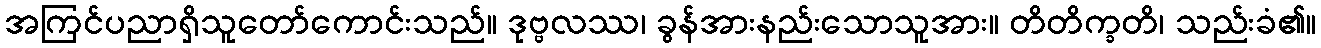
အကြင်ပညာရှိသူတော်ကောင်းသည်။ ဒုဗ္ဗလဿ၊ ခွန်အားနည်းသောသူအား။ တိတိက္ခတိ၊ သည်းခံ၏။